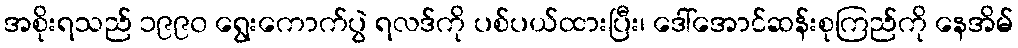
အစိုးရသည် ၁၉၉၀ ရွေးကောက်ပွဲ ရလဒ်ကို ပစ်ပယ်ထားပြီး၊ ဒေါ်အောင်ဆန်းစုကြည်ကို နေအိမ်